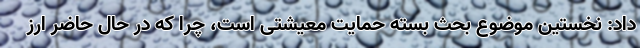
داد: نخستین موضوع بحث بسته حمایت معیشتی است، چرا که در حال حاضر ارز